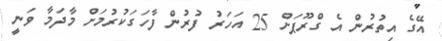
އޭގެ އިތުރުން އެ ގްރޫޕަށް 25 އަހަރު ފުރުން ފާހަގަކުރުމަށް މާދަމާ ވަނީ